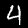
Digit: 4